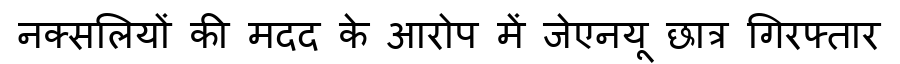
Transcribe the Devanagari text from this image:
नक्सलियों की मदद के आरोप में जेएनयू छात्र गिरफ्तार